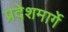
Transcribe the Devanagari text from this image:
प्रदेशमार्गे